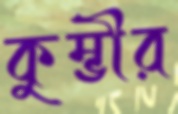
কুম্ভীর